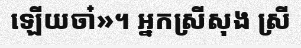
ឡើយចា៎»។ អ្នកស្រីសុង ស្រី